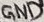
Text: GND